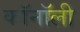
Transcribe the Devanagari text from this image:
कॉनॉली